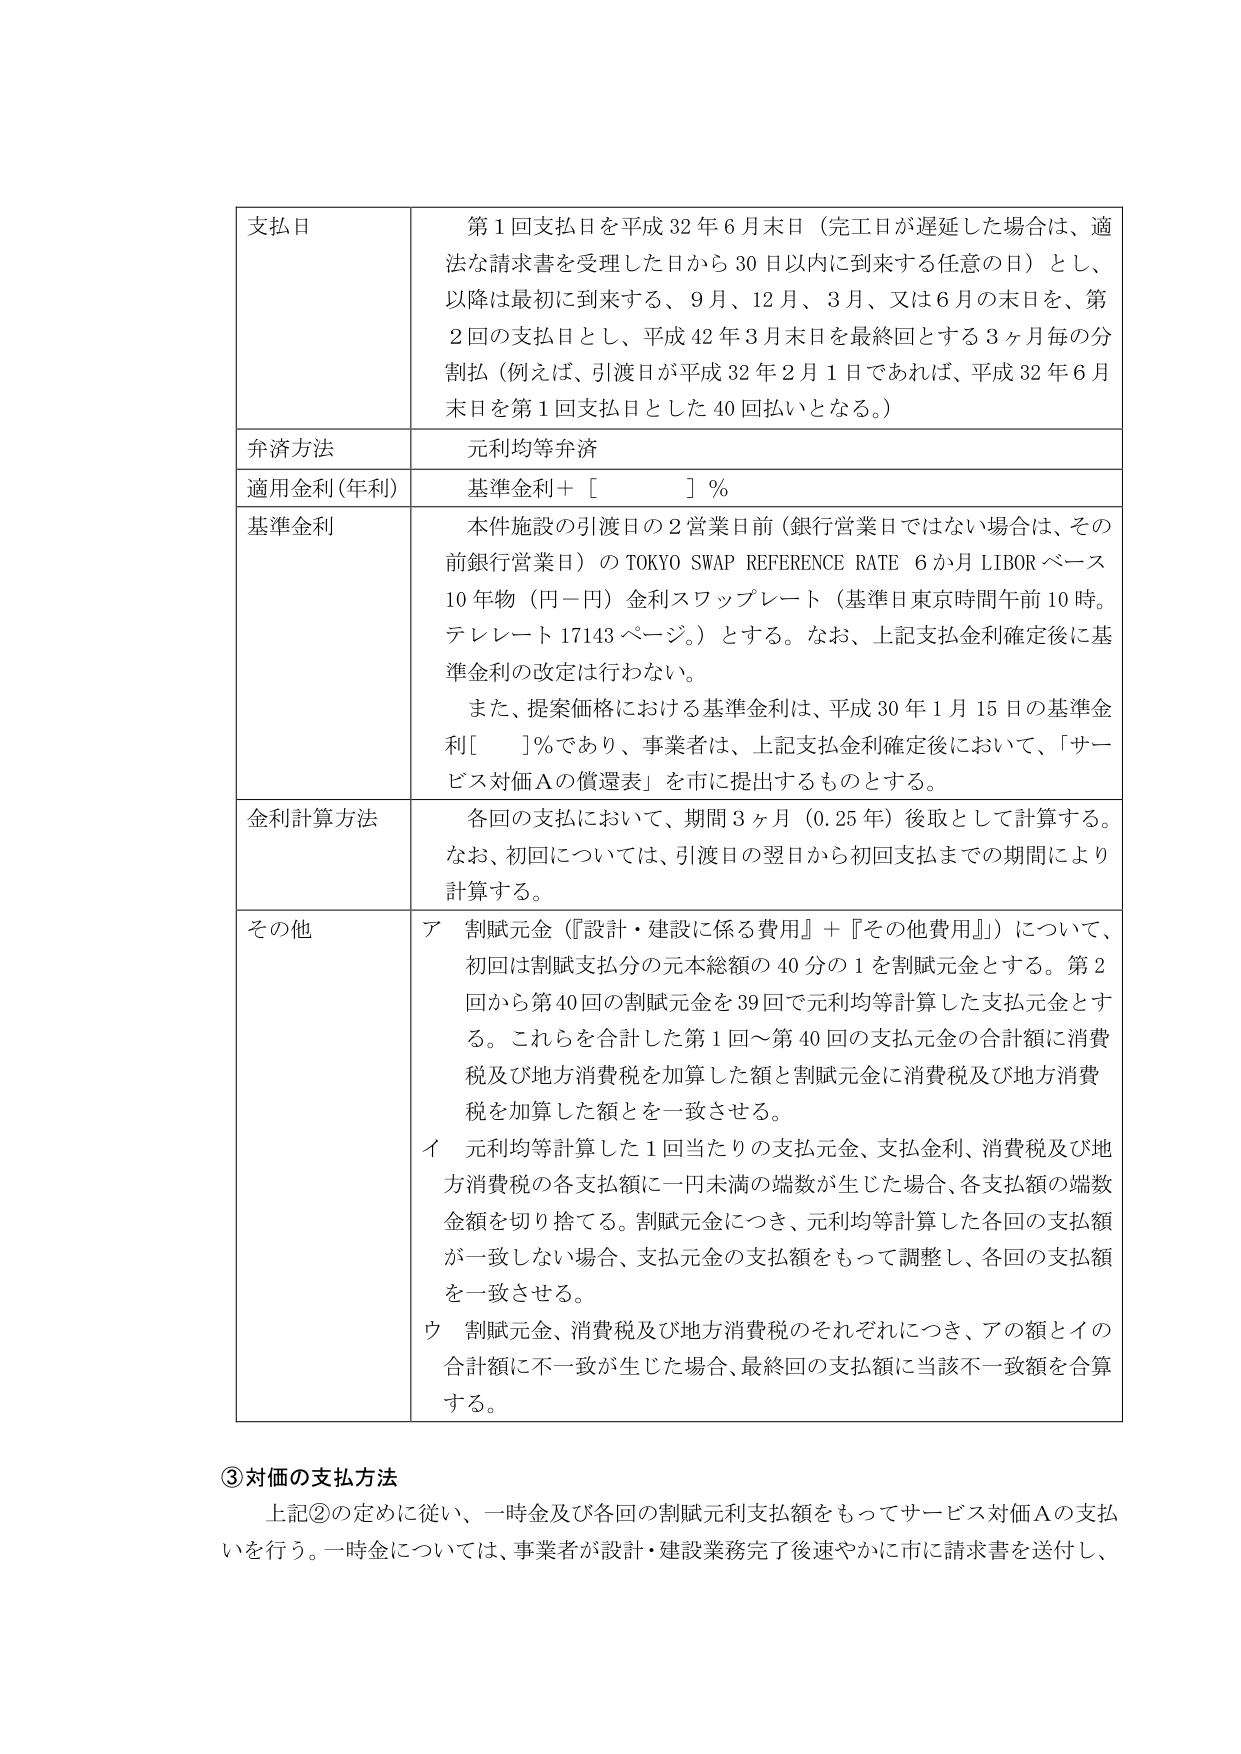
支払日　第1回支払日を平成32年6月末日（完工日が遅延した場合は、適法な請求書を受理した日から30日以内に到来る任意の日）とし、以降は最初に到来る、9月、12月、3月、又は6月の末日を、第2回の支払日とし、平成42年3月末日を最終回とする3ヶ月毎の分割払（例えば、引渡日が平成32年2月1日であれば、平成32年6月末日を第1回支払日とした40回払いとなる。）

弁済方法　元利均等弁済

適用金利（年利）　基準金利＋［　　　］％

基準金利　本件施設の引渡日の2営業日前（銀行営業日ではない場合は、その前銀行営業日）のTOKYO SWAP REFERENCE RATE 6か月LIBORベース10年物（円－円）金利スワップレート（基準日東京時間午前10時。テレレート17143ページ。）とする。なお、上記支払金利確定後に基準金利の改定は行わない。

また、提案価格における基準金利は、平成30年1月15日の基準金利［　　］％であり、事業者は、上記支払金利確定後において、「サービス対価Aの償還表」を市に提出するものとする。

金利計算方法　各回の支払において、期間3ヶ月（0.25年）後取として計算する。なお、初回については、引渡日の翌日から初回支払までの期間により計算する。

その他　ア　割賦元金（『設計・建設に係る費用』＋『その他費用』）について、初回は割賦支払分の元本総額の40分の1を割賦元金とする。第2回から第40回の割賦元金を39回で元利均等計算した支払元金とする。これらを合計した第1回～第40回の支払元金の合計額に消費税及び地方消費税を加算した額と割賦元金に消費税及び地方消費税を加算した額とを一致させる。

イ　元利均等計算した1回当たりの支払元金、支払金利、消費税及び地方消費税の各支払額に一円未満の端数が生じた場合、各支払額の端数金額を切り捨てる。割賦元金につき、元利均等計算した各回の支払額が一致しない場合、支払元金の支払額をもって調整し、各回の支払額を一致させる。

ウ　割賦元金、消費税及び地方消費税のそれぞれにつき、アの額とイの合計額に不一致が生じた場合、最終回の支払額に当該不一致額を合算する。

③対価の支払方法　上記②の定めに従い、一時金及び各回の割賦元利支払額をもってサービス対価Aの支払いを行う。一時金については、事業者が設計・建設業務完了後速やかに市に請求書を送付し、